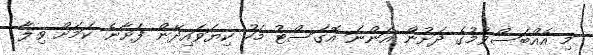
މި އެއްބަސްވުމުގެ ދަށުން އަންނަ އޮގަސްޓު މަހު ކިޔަވައިދޭން ފަށާނެ ކަމަށް ވިލާ